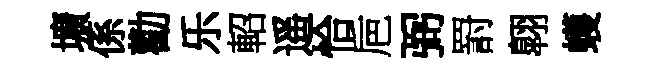
壙係勸乐軺遥恰巵弼罸翺蠖